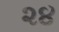
૨૪